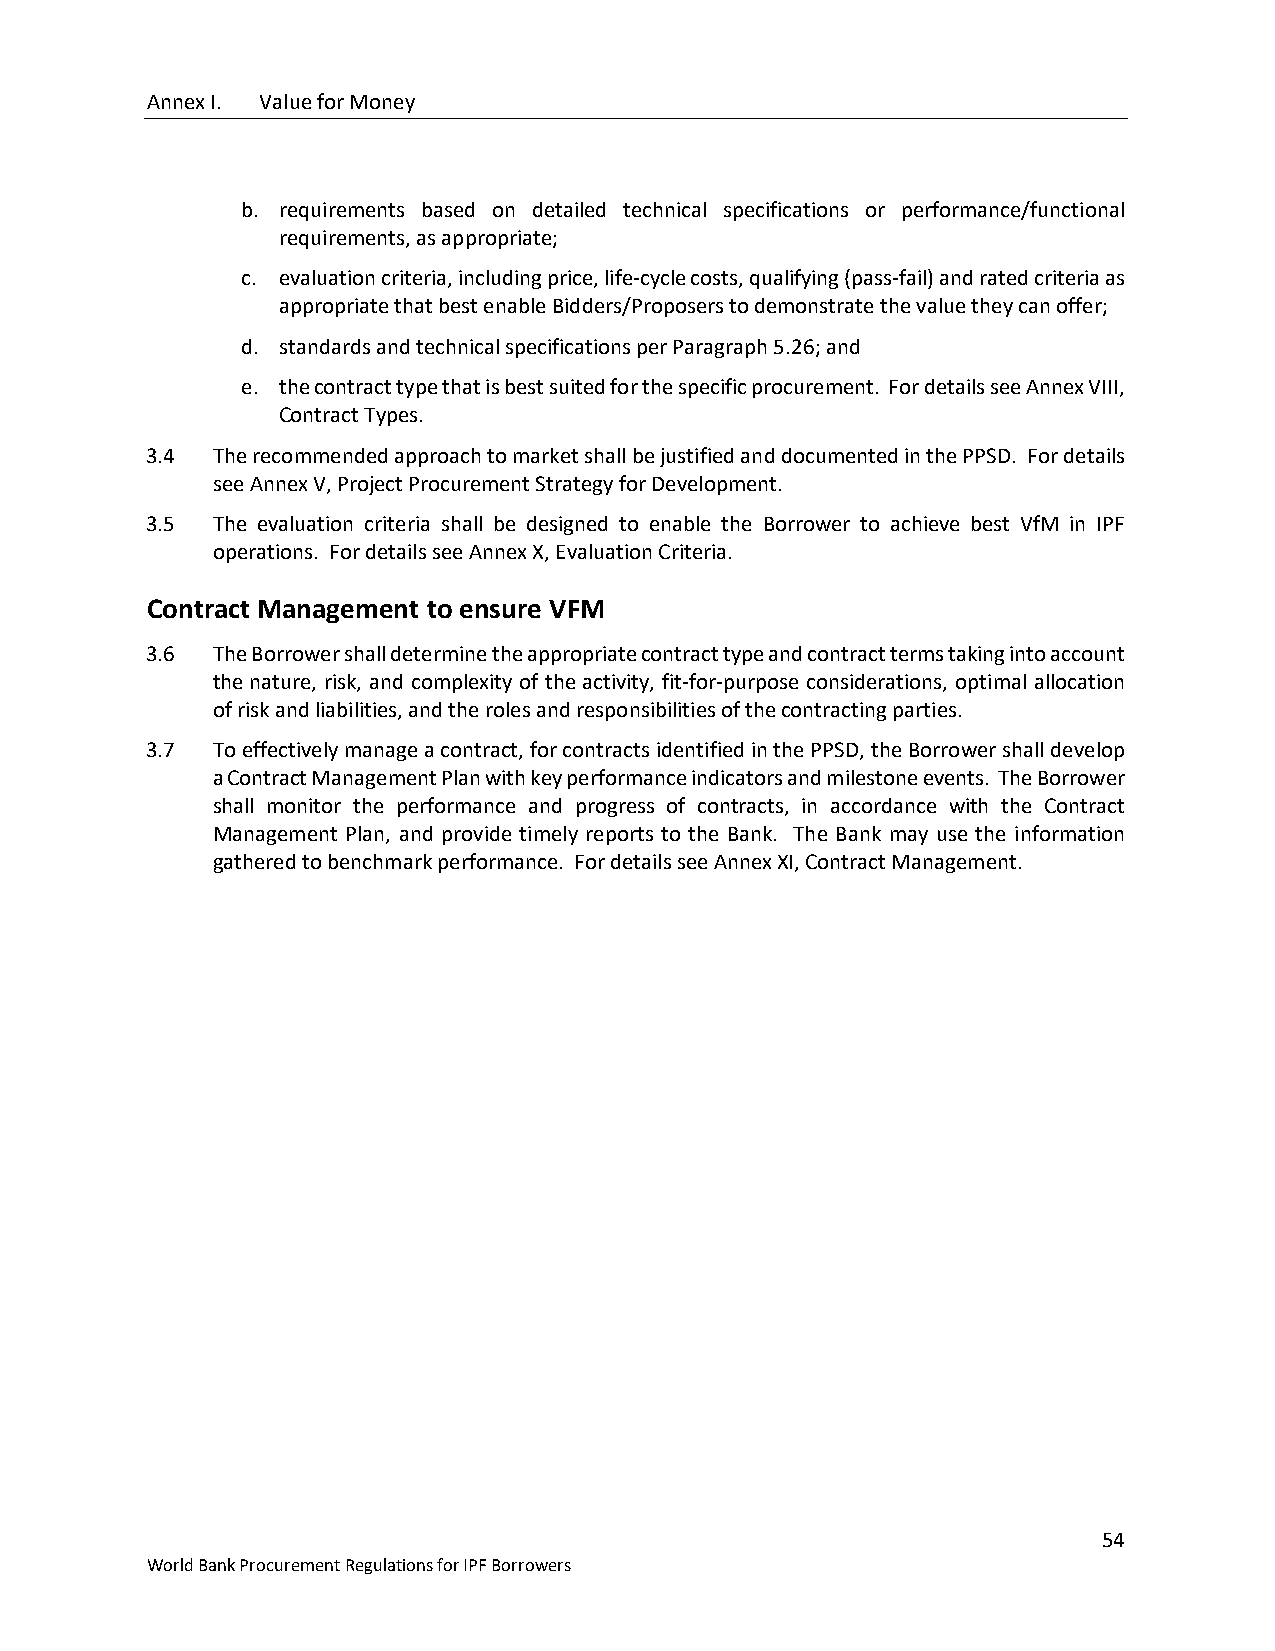
Annex I. Value for Money
 b. requirements based on detailed technical specifications or performance/functional
 requirements, as appropriate;
 c. evaluation criteria, including price, life-cycle costs, qualifying (pass-fail) and rated criteria as
 appropriate that best enable Bidders/Proposers to demonstrate the value they can offer;
 d. standards and technical specifications per Paragraph 5.26; and
 e. the contract type that is best suited for the specific procurement. For details see Annex VIII,
 Contract Types.
 3.4 The recommended approach to market shall be justified and documented in the PPSD. For details
 see Annex V, Project Procurement Strategy for Development.
 3.5 The evaluation criteria shall be designed to enable the Borrower to achieve best VfM in IPF
 operations. For details see Annex X, Evaluation Criteria.
 Contract Management to ensure VFM
 3.6 The Borrower shall determine the appropriate contract type and contract terms taking into account
 the nature, risk, and complexity of the activity, fit-for-purpose considerations, optimal allocation
 of risk and liabilities, and the roles and responsibilities of the contracting parties.
 3.7 To effectively manage a contract, for contracts identified in the PPSD, the Borrower shall develop
 a Contract Management Plan with key performance indicators and milestone events. The Borrower
 shall monitor the performance and progress of contracts, in accordance with the Contract
 Management Plan, and provide timely reports to the Bank. The Bank may use the information
 gathered to benchmark performance. For details see Annex XI, Contract Management.
 54
 World Bank Procurement Regulations for IPF Borrowers